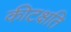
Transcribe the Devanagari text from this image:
कीटक्षति